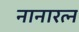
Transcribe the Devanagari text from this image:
नानारत्न